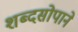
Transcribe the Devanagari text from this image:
शब्दसोपाने